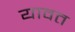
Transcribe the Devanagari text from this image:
यावत